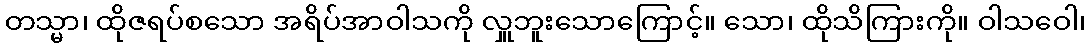
တသ္မာ၊ ထိုဇရပ်စသော အရိပ်အာဝါသကို လှူဘူးသောကြောင့်။ သော၊ ထိုသိကြားကို။ ဝါသဝေါ၊